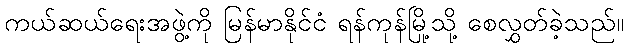
ကယ်ဆယ်ရေးအဖွဲ့ကို မြန်မာနိုင်ငံ ရန်ကုန်မြို့သို့ စေလွှတ်ခဲ့သည်။